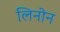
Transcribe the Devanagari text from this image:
लिनोन